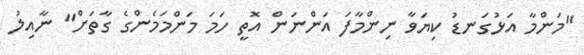
"މަންމާ އަޅުގަނޑު ކިޔަވާ ނިންމާފަ އަންނަން އޮތީ ހަމަ މަންމަމެންގެ ގާތަށް" ނާއިލު